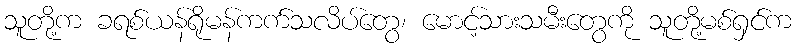
သူတို့က ခရစ်ယန်ရိုမန်ကက်သလိပ်တွေ၊ မောင့်သားသမီးတွေကို သူတို့မစ်ရှင်က